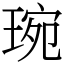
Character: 琬